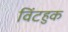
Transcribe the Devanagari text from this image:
विंटहुक